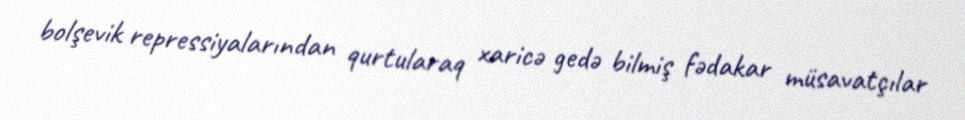
bolşevik repressiyalarından qurtularaq xaricə gedə bilmiş fədakar müsavatçılar